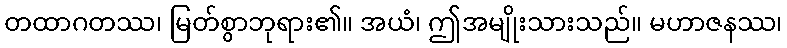
တထာဂတဿ၊ မြတ်စွာဘုရား၏။ အယံ၊ ဤအမျိုးသားသည်။ မဟာဇနဿ၊